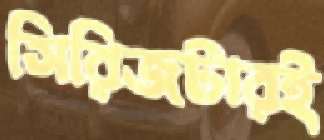
সিরিজটারই